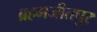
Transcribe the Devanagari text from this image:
ब्रहमजीतपुर